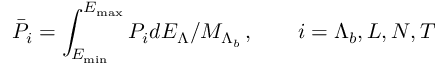
\bar { P } _ { i } = \int _ { E _ { \operatorname * { m i n } } } ^ { E _ { \operatorname * { m a x } } } P _ { i } d E _ { \Lambda } / M _ { \Lambda _ { b } } \, , \quad \quad i = \Lambda _ { b } , L , N , T